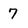
Character: 7